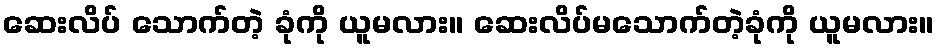
ဆေးလိပ် သောက်တဲ့ ခုံကို ယူမလား။ ဆေးလိပ်မသောက်တဲ့ခုံကို ယူမလား။